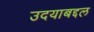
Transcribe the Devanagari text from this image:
उदयाबद्दल